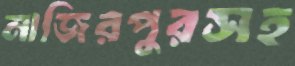
নাজিরপুরসহ